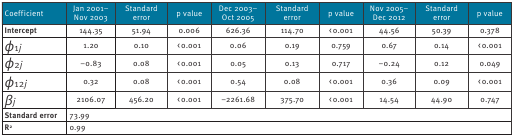
| Coefficient | Jan 2001–Nov 2003 | Standard error | p value | Dec 2003–Oct 2005 | Standarderror | p value | Nov 2005–Dec 2012 | Standarderror | p value |
 | --- | --- | --- | --- | --- | --- | --- | --- | --- | --- |
 | Intercept | 144.35 | 51.94 | 0.006 | 626.36 | 114.70 | < 0.001 | 44.56 | 50.39 | 0.378 |
 | Φ1j | 1.20 | 0.10 | < 0.001 | 0.06 | 0.19 | 0.759 | 0.67 | 0.14 | < 0.001 |
 | Φ2j | −0.83 | 0.08 | < 0.001 | 0.05 | 0.13 | 0.717 | −0.24 | 0.12 | 0.049 |
 | Φ12j | 0.32 | 0.08 | < 0.001 | 0.54 | 0.08 | < 0.001 | 0.36 | 0.09 | < 0.001 |
 | βj | 2106.07 | 456.20 | < 0.001 | −2261.68 | 375.70 | < 0.001 | 14.54 | 44.90 | 0.747 |
 | Standard error | <COLSPAN=9> 73.99 |
 | R2 | <COLSPAN=9> 0.99 |